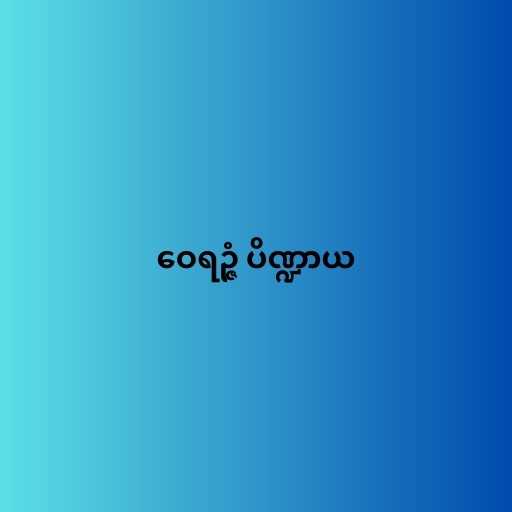
ဝေရဉ္ဇံ ပိဏ္ဍာယ